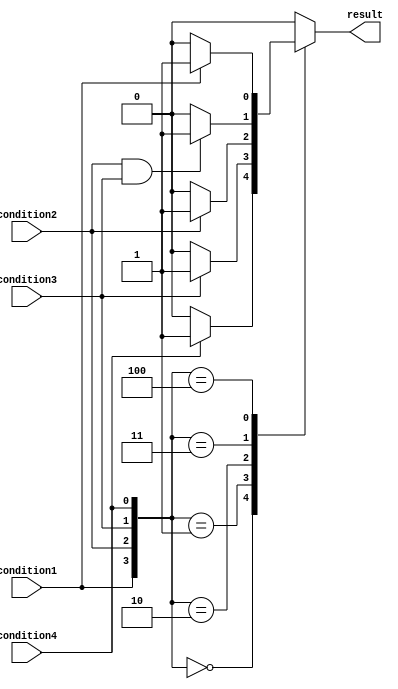
module case_if_else(
    input wire condition1,
    input wire condition2,
    input wire condition3,
    input wire condition4,
    output reg result
);

always @(*) begin
    case({condition1, condition2, condition3, condition4})
        4'b0000 : begin
            if (condition4)
                result = 1;
            else
                result = 0;
        end
        4'b0001 : begin
            if (condition3)
                result = 1;
            else
                result = 0;
        end
        4'b0010 : begin
            if (condition2)
                result = 1;
            else
                result = 0;
        end
        4'b0011 : begin
            if (condition2 && condition3)
                result = 1;
            else
                result = 0;
        end
        4'b0100 : begin
            if (condition1)
                result = 1;
            else
                result = 0;
        end
        default : result = 0;
    endcase
end

endmodule